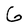
Character: G